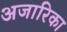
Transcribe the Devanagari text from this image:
अजारिका